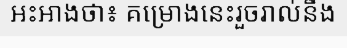
អះអាងថា៖ គម្រោងនេះរួចរាល់នឹង